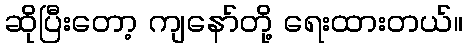
ဆိုပြီးတော့ ကျနော်တို့ ရေးထားတယ်။